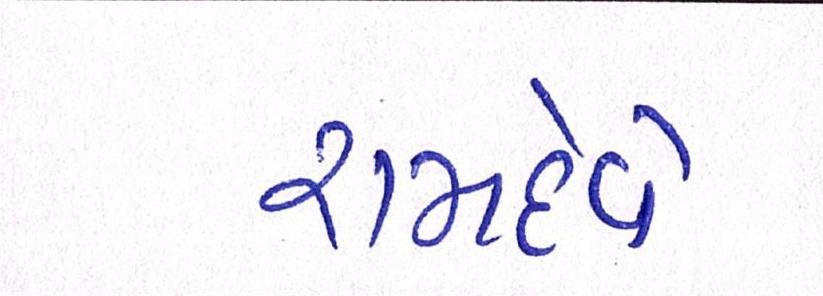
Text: રામદેવે